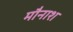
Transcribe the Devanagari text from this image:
मौनाश